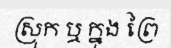
ស្រុក ឬ ក្នុង ព្រៃ